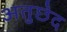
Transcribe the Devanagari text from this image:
अतुछेद